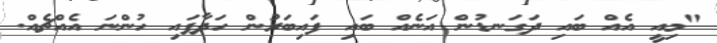
"މިއީ އެއް ބައި ދަގަނޑުން އަނެއް ބައި ފައިބަރުން ހަދާފައި ހުންނަ އެއްޗެއް.